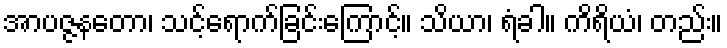
အာပဇ္ဇနတော၊ သင့်ရောက်ခြင်းကြောင့်။ သိယာ၊ ရံခါ။ ကိရိယံ၊ တည်း။